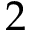
2